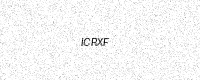
Text: ICRXF